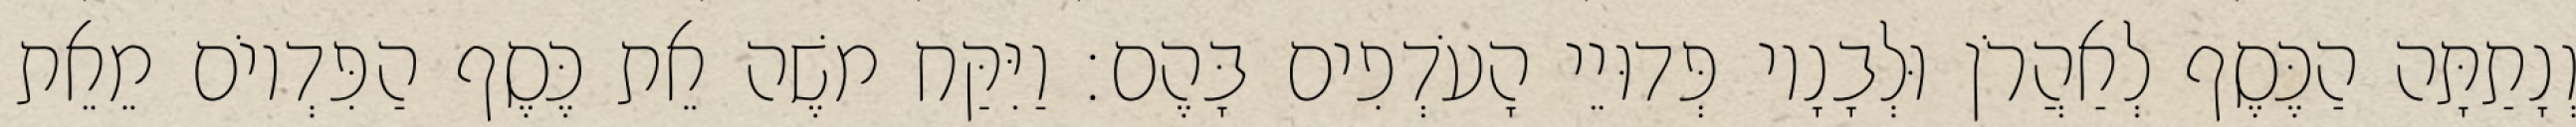
וְנָתַתָּה הַכֶּסֶף לְאַהֲרֹן וּלְבָנָיו פְּדוּיֵי הָעֹדְפִים בָּהֶם׃ וַיִּקַּח משֶׁה אֵת כֶּסֶף הַפִּדְיוֹם מֵאֵת